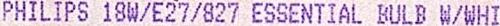
PHILIPS 18W/E27/827 ESSENTIAL BULB W/WHI